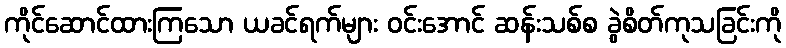
ကိုင်ဆောင်ထားကြသော ယခင်ရက်များ ဝင်းအောင် ဆန်းသစ်စ ခွဲစိတ်ကုသခြင်းကို